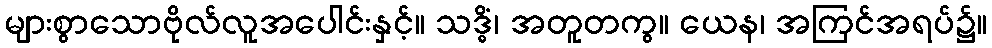
များစွာသောဗိုလ်လူအပေါင်းနှင့်။ သဒ္ဓိံ၊ အတူတကွ။ ယေန၊ အကြင်အရပ်၌။